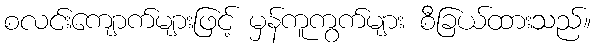
စလင်းကျောက်များဖြင့် မှန်ကူကွက်များ စီခြယ်ထားသည်။